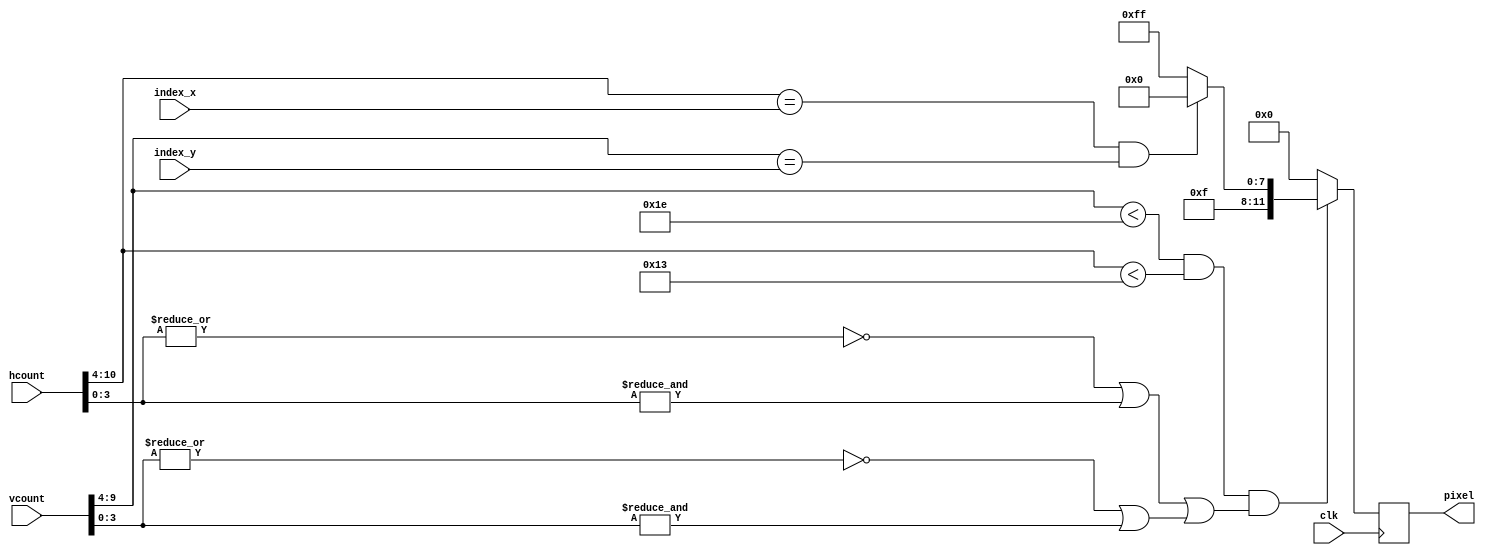
`timescale 1ns / 1ps
//////////////////////////////////////////////////////////////////////////////////
// Company: 
// Engineer: 
// 
// Design Name: 
// Module Name: grid
// Project Name: 
// Target Devices: 
// Tool Versions: 
// Description: 
// 
// Dependencies: 
// 
// Revision:
// Revision 0.01 - File Created
// Additional Comments:
// 
//////////////////////////////////////////////////////////////////////////////////


module grid(
    input clk,
    input [10:0] hcount,
    input [9:0] vcount,
    output reg [11:0] pixel,
    input [5:0] index_x,
    input [4:0] index_y
    );
    
    wire [5:0] width = 19;
    wire [4:0] height = 30;
     wire [6:0] x = hcount >> 4; ///hcount/16;
     wire [6:0] y = vcount >> 4;//(vcount)/16;
    always @(posedge clk)begin
        pixel<= (((vcount>>4)<height) & ((hcount>>4)<width)
                 & (~(|hcount[3:0]) | (&hcount[3:0]) ||
                 ~(|vcount[3:0]) | (&vcount[3:0]))) ? 
                 ((x==index_x)&(y==index_y)) ? 12'hF00 : 12'hFFF 
                 : 12'h000;
        
    end
endmodule